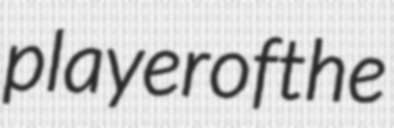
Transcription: player of the